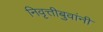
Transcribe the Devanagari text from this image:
निवृत्तीबुवांनी